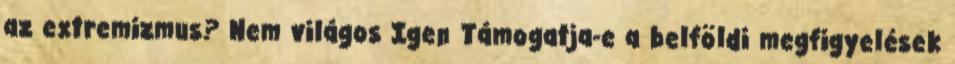
az extremizmus? Nem világos Igen Támogatja-e a belföldi megfigyelések